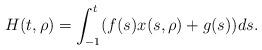
LaTeX: \begin{align*}H(t,\rho)=\int_{-1}^t(f(s)x(s,\rho)+g(s))ds.\end{align*}